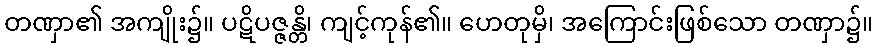
တဏှာ၏ အကျိုး၌။ ပဋိပဇ္ဇန္တိ၊ ကျင့်ကုန်၏။ ဟေတုမှိ၊ အကြောင်းဖြစ်သော တဏှာ၌။